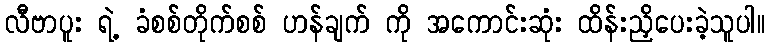
လီဗာပူး ရဲ့ ခံစစ်တိုက်စစ် ဟန်ချက် ကို အကောင်းဆုံး ထိန်းညှိပေးခဲ့သူပါ။